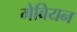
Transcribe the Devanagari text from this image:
गेबियन